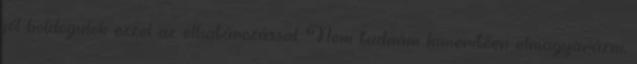
jól boldogulok ezzel az elhatározással. Nem tudnám kimerítően elmagyarázni,